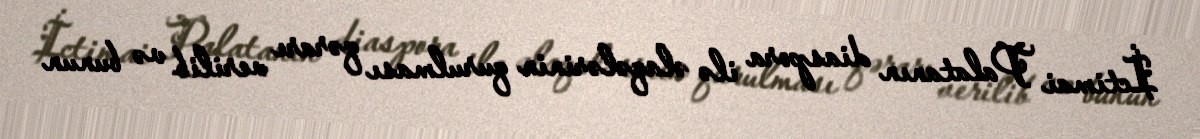
İctimai Palatanın diaspora ilə əlaqələrinin qurulması qərarı verilib və bunun